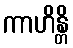
ကာဟိန္တိ